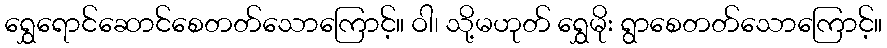
ရွှေရောင်ဆောင်စေတတ်သောကြောင့်။ ဝါ၊ သို့မဟုတ် ရွှေမိုး ရွာစေတတ်သောကြောင့်။